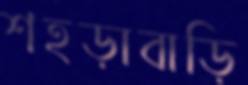
শহড়াবাড়ি